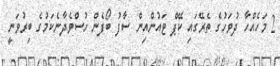
2 މަހެއްހާ ދުވަހުގެ ތެރޭގައި ކޭޕް ޓައުންއިން ސާފު ބޯފެން ހުސްވެދާނެކަމުގެ ބިރުވަނީ